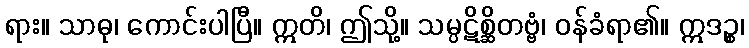
ရား။ သာဓု၊ ကောင်းပါပြီ။ ဣတိ၊ ဤသို့။ သမ္ပဋိစ္ဆိတဗ္ဗံ၊ ဝန်ခံရာ၏။ ဣဒဉ္စ၊